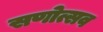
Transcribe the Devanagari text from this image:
सणोत्सव